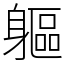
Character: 軀